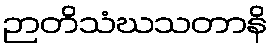
ဉာတိသံဃသတာနိ